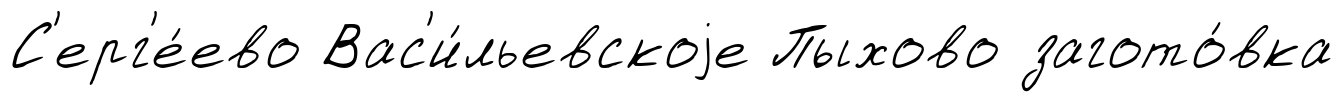
С'ерг'е́ево Вас'и́льевскоjе Пыхово загото́вка